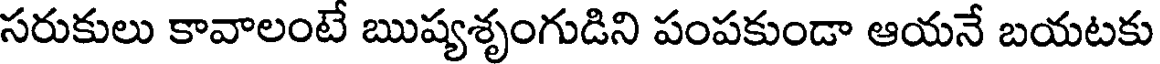
సరుకులు కావాలంటే ఋష్యశృంగుడిని పంపకుండా ఆయనే బయటకు